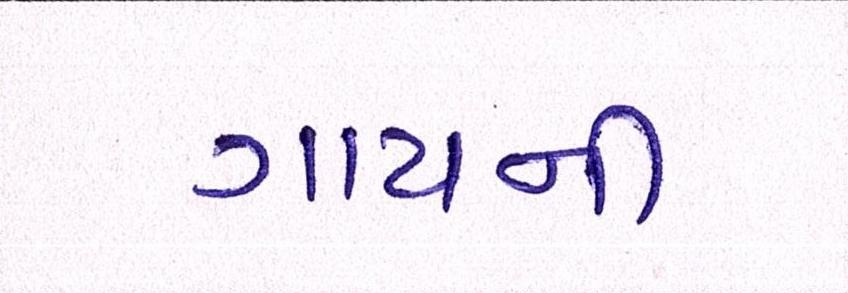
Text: ગાયની